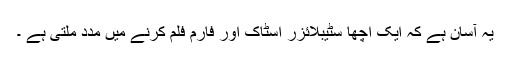
یہ آسان ہے کہ ایک اچھا سٹیبلائزر اسٹاک اور فارم فلم کرنے میں مدد ملتی ہے ۔